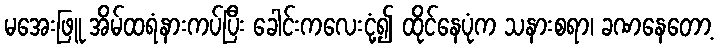
မအေးဖြူ အိမ်ထရံနားကပ်ပြီး ခေါင်းကလေးငုံ့၍ ထိုင်နေပုံက သနားစရာ၊ ခဏနေတော့